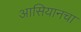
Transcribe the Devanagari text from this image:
आसियानचा